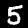
Digit: 5